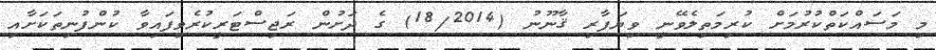
މި މަސައްކަތްކުރުމަށް ކުރިމަތިލެވޭނީ ވިޔަފާރި ޤާނޫނު (18/2014) ގެ ދަށުން ރަޖިސްޓަރީކުރެވިފައިވާ ކުންފުނިތަކަށާއި